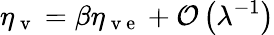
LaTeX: \eta_{\mathrm{~v~}}=\beta\eta_{\mathrm{~v~e~}}+\mathcal{O}\left(\lambda^{-1}\right)